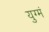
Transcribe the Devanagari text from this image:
युग्मं